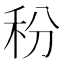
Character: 秎